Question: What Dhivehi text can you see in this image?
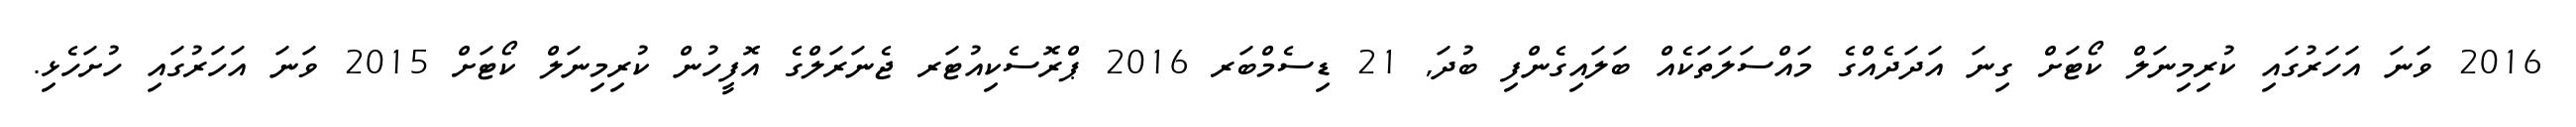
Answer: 2016 ވަނަ އަހަރުގައި ކުރިމިނަލް ކޯޓަށް ގިނަ އަދަދެއްގެ މައްސަލަތަކެއް ބަލައިގެންފި ބުދަ, 21 ޑިސެމްބަރ 2016 ޕްރޮސެކިއުޓަރ ޖެނަރަލްގެ އޮފީހުން ކުރިމިނަލް ކޯޓަށް 2015 ވަނަ އަހަރުގައި ހުށަހެޅި.